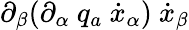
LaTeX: \partial_{\beta}(\partial_{\alpha}\ q_{a}\ \dot{x}_{\alpha})\ \dot{x}_{\beta}